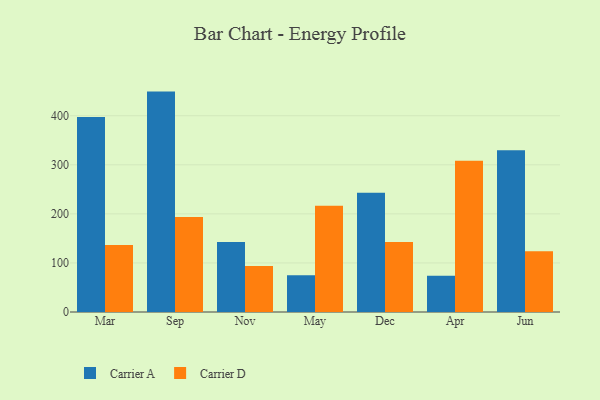
{"axis": {"x": "Month", "y": "Production Output"}, "legend": ["Carrier A", "Carrier D"], "data": [{"x": "Mar", "y": 397.3, "type": "Carrier A"}, {"x": "Mar", "y": 136.8, "type": "Carrier D"}, {"x": "Sep", "y": 449.2, "type": "Carrier A"}, {"x": "Sep", "y": 193.4, "type": "Carrier D"}, {"x": "Nov", "y": 142.6, "type": "Carrier A"}, {"x": "Nov", "y": 93.9, "type": "Carrier D"}, {"x": "May", "y": 74.8, "type": "Carrier A"}, {"x": "May", "y": 216.5, "type": "Carrier D"}, {"x": "Dec", "y": 242.8, "type": "Carrier A"}, {"x": "Dec", "y": 142.7, "type": "Carrier D"}, {"x": "Apr", "y": 74.1, "type": "Carrier A"}, {"x": "Apr", "y": 308.1, "type": "Carrier D"}, {"x": "Jun", "y": 329.8, "type": "Carrier A"}, {"x": "Jun", "y": 123.9, "type": "Carrier D"}]}